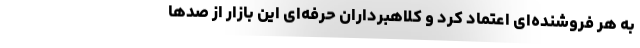
به هر فروشنده‌ای اعتماد کرد و کلاهبرداران حرفه‌ای این بازار از صدها